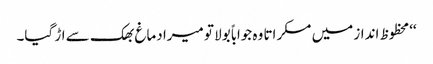
‘‘محظوظ انداز میں مسکراتا وہ جواباً بولا تو میرا دماغ بھک سے اڑ گیا۔